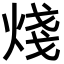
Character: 𪸶